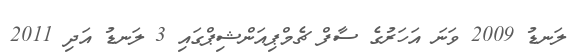
ލަނޑު 2009 ވަނަ އަހަރުގެ ސާފް ޗެމްޕިއަންޝިޕްގައި 3 ލަނޑު އަދި 2011